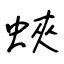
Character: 蛺